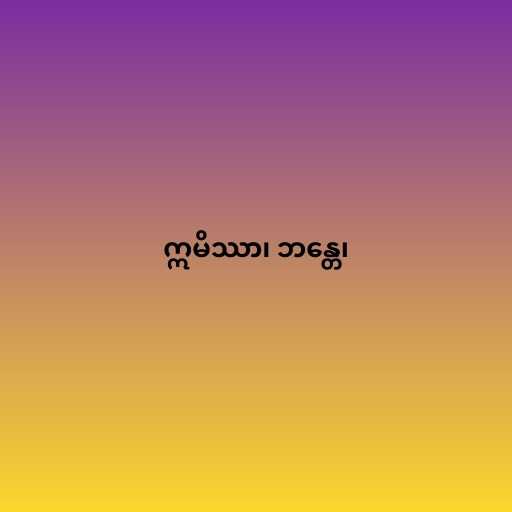
ဣမိဿာ၊ ဘန္တေ၊